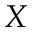
X